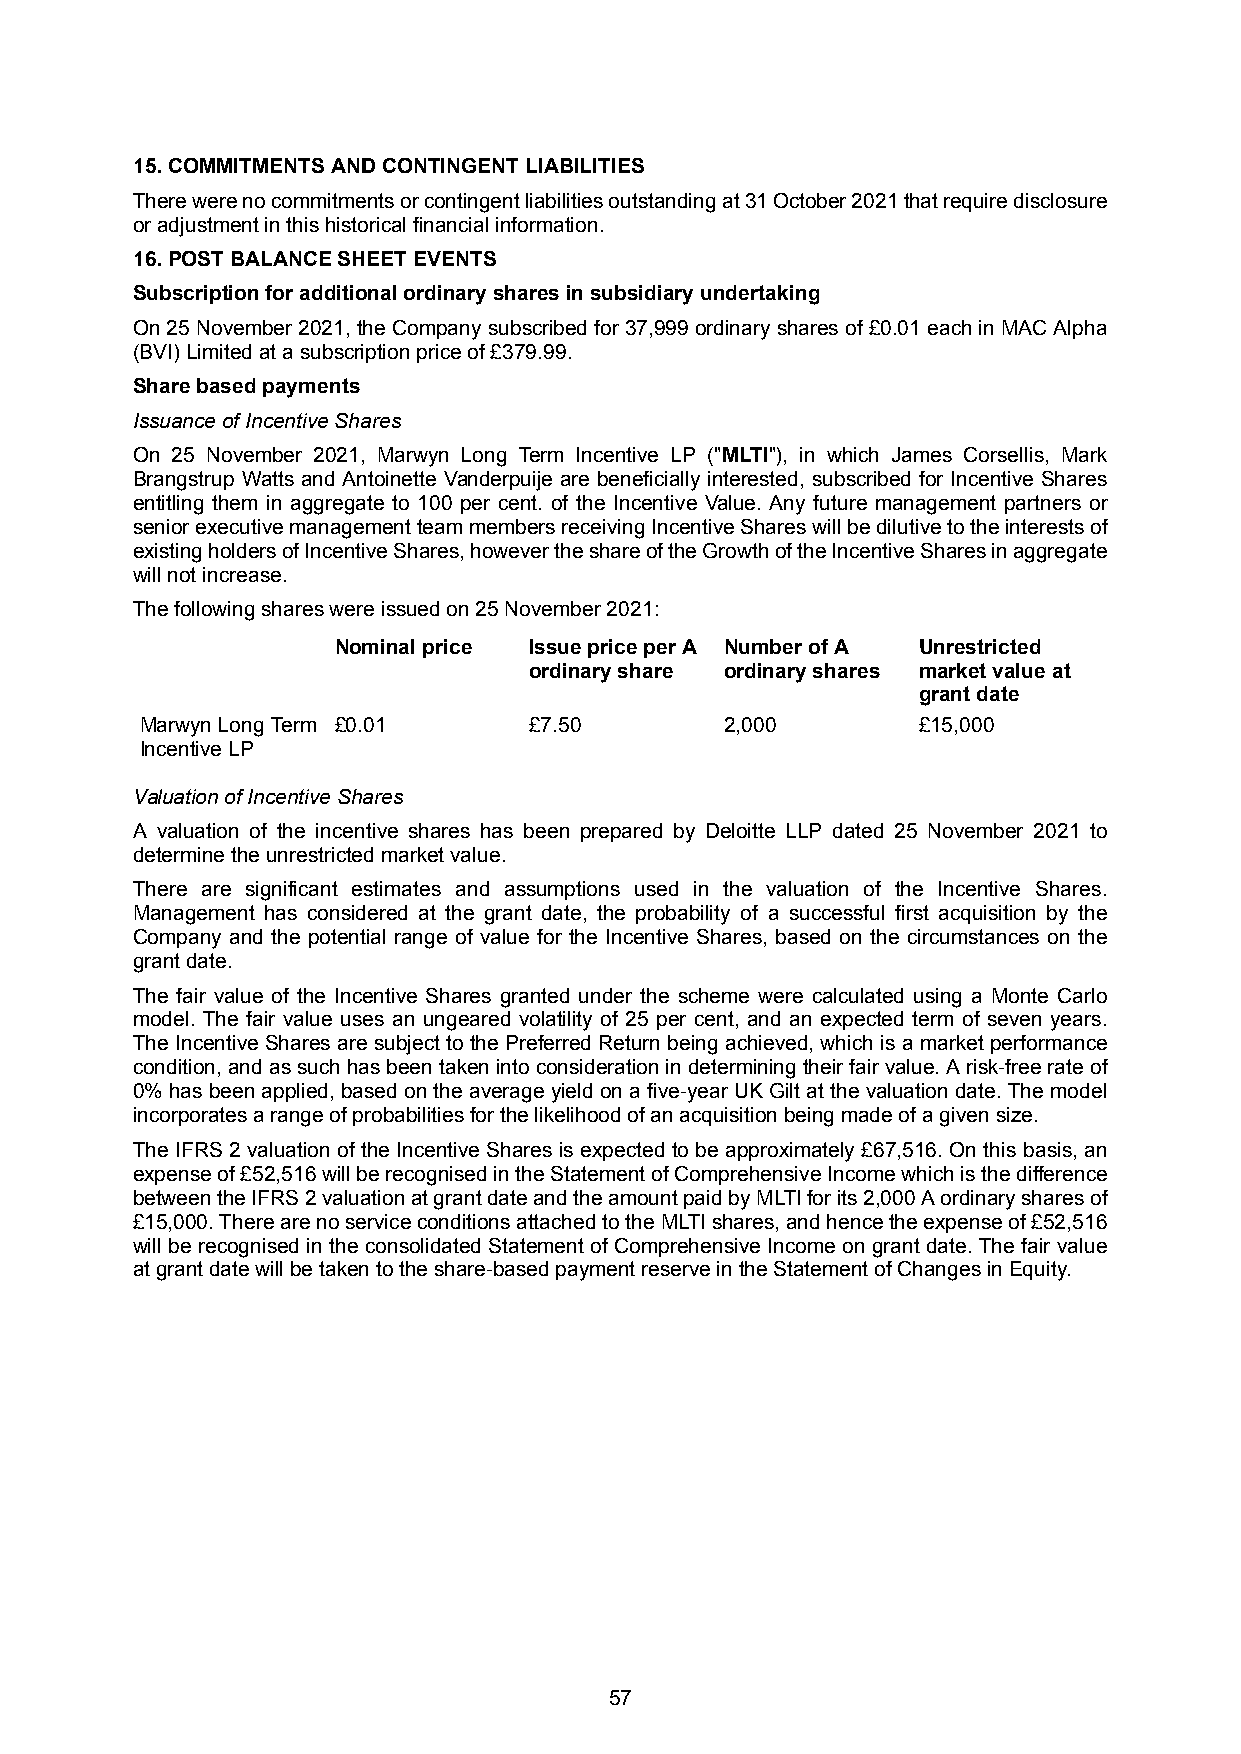
15.COMMITMENTS AND CONTINGENT LIABILITIES
 Therewerenocommitmentsorcontingentliabilitiesoutstandingat31October2021thatrequiredisclosure
 or adjustment in this historical financial information.
 16.POST BALANCE SHEET EVENTS
 Subscription for additional ordinary shares in subsidiary undertaking
 On25November2021,theCompanysubscribedfor37,999ordinarysharesof£0.01eachinMACAlpha
 (BVI) Limited at a subscription price of £379.99.
 Share based payments
 Issuance of Incentive Shares
 On 25 November 2021, Marwyn Long Term Incentive LP ("MLTI"), in which James Corsellis, Mark
 Brangstrup Watts and Antoinette Vanderpuije are beneficially interested, subscribed for Incentive Shares
 entitling them in aggregate to 100 per cent. of the Incentive Value. Any future management partners or
 seniorexecutivemanagementteammembersreceivingIncentiveShareswillbedilutivetotheinterestsof
 existingholdersofIncentiveShares,howevertheshareoftheGrowthoftheIncentiveSharesinaggregate
 will not increase.
 The following shares were issued on 25 November 2021:
 Nominal price Issue price per A Number of A Unrestricted
 ordinary share ordinary shares market value at
 grant date
 Marwyn Long Term £0.01    £7.50        2,000        £15,000
 Incentive LP
 Valuation of Incentive Shares
 A valuation of the incentive shares has been prepared by Deloitte LLP dated 25 November 2021 to
 determine the unrestricted market value.
 There are significant estimates and assumptions used in the valuation of the Incentive Shares.
 Management has considered at the grant date, the probability of a successful first acquisition by the
 Company and the potential range of value for the Incentive Shares, based on the circumstances on the
 grant date.
 The fair value of the Incentive Shares granted under the scheme were calculated using a Monte Carlo
 model. The fair value uses an ungeared volatility of 25 per cent, and an expected term of seven years.
 The Incentive Shares are subject to the Preferred Return being achieved, which is a market performance
 condition,andassuchhasbeentakenintoconsiderationindeterminingtheirfairvalue.Arisk-freerateof
 0% has been applied, based on the average yield on a five-year UK Gilt at the valuation date. The model
 incorporates a range of probabilities for the likelihood of an acquisition being made of a given size.
 The IFRS 2 valuation of the Incentive Shares is expected to be approximately £67,516. On this basis, an
 expenseof£52,516willberecognisedintheStatementofComprehensiveIncomewhichisthedifference
 betweentheIFRS2valuationatgrantdateandtheamountpaidbyMLTIforits2,000Aordinarysharesof
 £15,000.TherearenoserviceconditionsattachedtotheMLTIshares,andhencetheexpenseof£52,516
 will be recognised in the consolidated Statement of Comprehensive Income on grant date. The fair value
 at grant date will be taken to the share-based payment reserve in the Statement of Changes in Equity.
 57